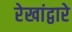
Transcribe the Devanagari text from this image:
रेखांद्वारे